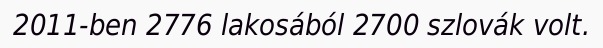
2011-ben 2776 lakosából 2700 szlovák volt.